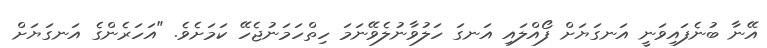
އޭނާ ބުނެފައިވަނީ އަނގަޔަށް ފޯއްލައި އަނގަ ހަލުވާނުލެވޭނަމަ ހިތްހަމަނުޖެހޭ ކަމަށެވެ. "އަހަރެންގެ އަނގަޔަށް